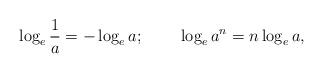
LaTeX: \begin{align*}\log_e \frac 1a = - \log_e a;\;\;\;\;\;\;\;\;\log_e a^n = n \log_e a,\end{align*}